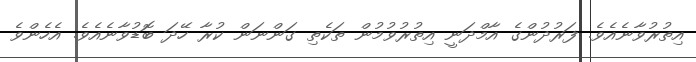
އިތުރުވާނެއެވެ. ފަރުދުންގެ އާމްދަނީ އިތުރުވުމުން ތަކެތި ގަންނަން ކުރާ ހޭދަ ބޮޑުވާނެއެވެ. އެހެންވެ